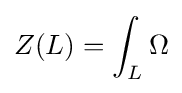
Z(L)=\int _{L}\Omega